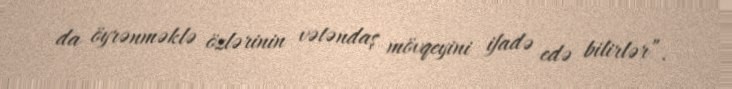
da öyrənməklə özlərinin vətəndaş mövqeyini ifadə edə bilirlər”.